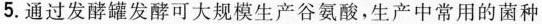
5.通过发酵罐发酵可大规模生产谷氨酸，生产中常用的菌种